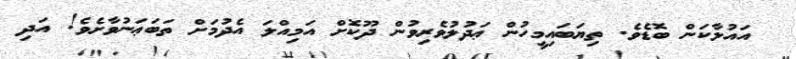
އައުލާކަން ބޮޑެވެ. ތިޔަބައިމީހުން ޢަދުލުވެރިވުން ދޫކޮށް އަމިއްލަ އެދުމަށް ތަބަޢަނުވާށެވެ! އަދި